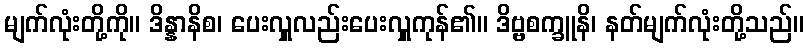
မျက်လုံးတို့ကို။ ဒိန္နာနိစ၊ ပေးလှူလည်းပေးလှူကုန်၏။ ဒိဗ္ဗစက္ခူနိ၊ နတ်မျက်လုံးတို့သည်။